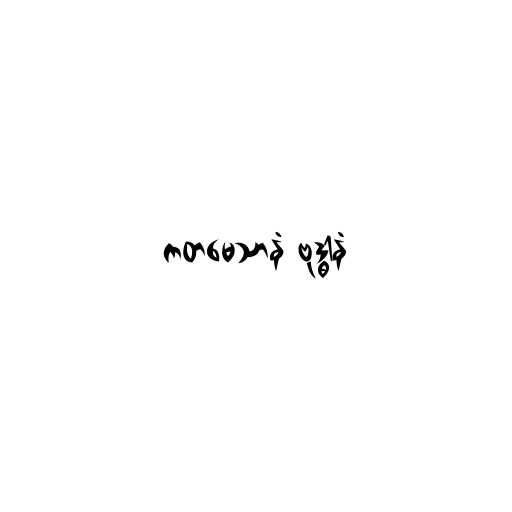
ကတမေသာနံ ဗုဒ္ဓါနံ